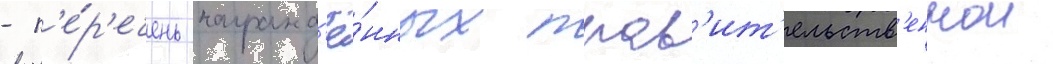
- п'е́р'ечень награжд'ё́нных прав'ит'ельств'еннои